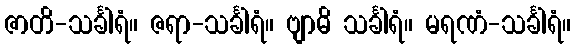
ဇာတိ-သင်္ခါရံ။ ဇရာ-သင်္ခါရံ။ ဗျာဓိ သင်္ခါရံ။ မရဏံ-သင်္ခါရံ။